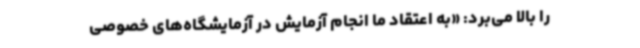
را بالا می‌برد: «به اعتقاد ما انجام آزمایش در آزمایشگاه‌های خصوصی